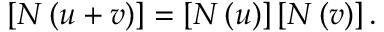
\left[ N \left( u + v \right) \right] = \left[ N \left( u \right) \right] \left[ N \left( v \right) \right] .